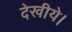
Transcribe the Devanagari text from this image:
देखीये।